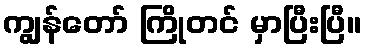
ကျွန်တော် ကြိုတင် မှာပြီးပြီ။